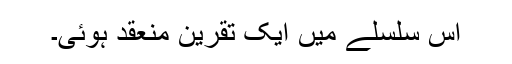
اس سلسلے میں ایک تقرین منعقد ہوئی۔